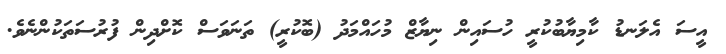
އީސަ އެލަނޑު ކާމިޔާބުކުރީ ހުސައިން ނިޔާޒް މުހައްމަދު (ބޮކުރީ) ތަނަވަސް ކޮށްދިން ފުރުސަތަކުންނެވެ.